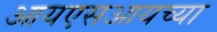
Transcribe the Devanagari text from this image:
आयएसआयच्या